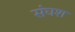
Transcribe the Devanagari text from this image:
संघश